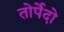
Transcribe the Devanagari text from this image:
तोर्पेदो